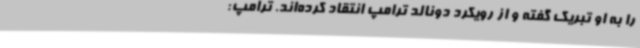
را به او تبریک گفته‌ و از رویکرد دونالد ترامپ انتقاد کرده‌اند. ترامپ: